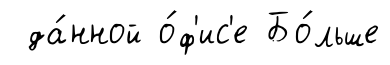
да́нной о́ф'ис'е Бо́льше